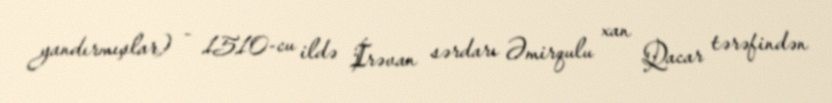
yandırmışlar) - 1510-cu ildə İrəvan sərdarı Əmirqulu xan Qacar tərəfindən